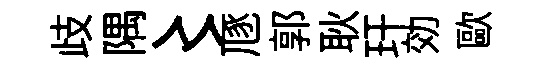
歧隅〻豗郭耿玕効歐